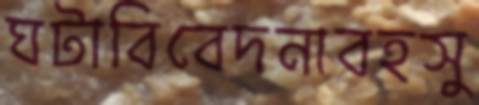
ঘটাবিবেদনাবহসু